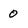
Character: o